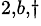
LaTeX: ^{2,b,\dagger}